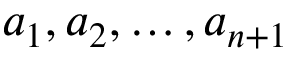
a _ { 1 } , a _ { 2 } , \ldots , a _ { n + 1 }